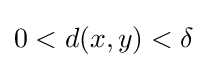
0<d(x,y)<\delta